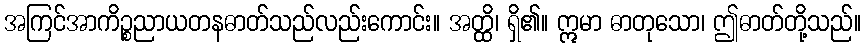
အကြင်အာကိဉ္စညာယတနဓာတ်သည်လည်းကောင်း။ အတ္ထိ၊ ရှိ၏။ ဣမာ ဓာတုသော၊ ဤဓာတ်တို့သည်။